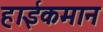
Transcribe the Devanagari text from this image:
हाईकमान